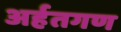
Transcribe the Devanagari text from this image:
अर्हतगण